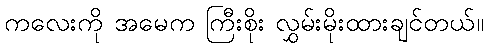
ကလေးကို အမေက ကြီးစိုး လွှမ်းမိုးထားချင်တယ်။